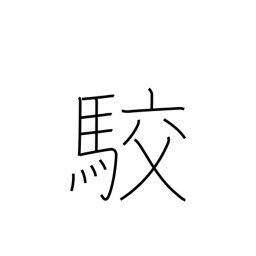
Meaning: spots